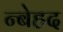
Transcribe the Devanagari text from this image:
न्बेहद